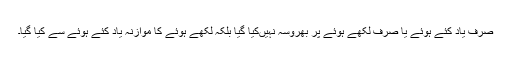
صرف یاد کئے ہوئے یا صرف لکھے ہوئے پر بھروسہ نہیں‌کیا گیا بلکہ لکھے ہوئے کا موازنہ یاد کئے ہوئے سے کیا گیا۔